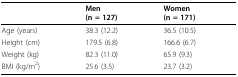
<table><thead><tr><td></td><td><b>Men(n = 127)</b></td><td><b>Women(n = 171)</b></td></tr></thead><tbody><tr><td>Age (years)</td><td>38.3 (12.2)</td><td>36.5 (10.5)</td></tr><tr><td>Height (cm)</td><td>179.5 (6.8)</td><td>166.6 (6.7)</td></tr><tr><td>Weight (kg)</td><td>82.3 (11.0)</td><td>65.9 (9.3)</td></tr><tr><td>BMI (kg/m<sup>2</sup>)</td><td>25.6 (3.5)</td><td>23.7 (3.2)</td></tr></tbody></table>